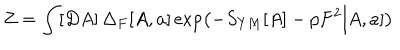
LaTeX: Z = \int [ D A ] \, \Delta _ { F } [ A , a ] \exp \left( - S _ { Y M } [ A ] - p F ^ { 2 } [ A , a ] \right)